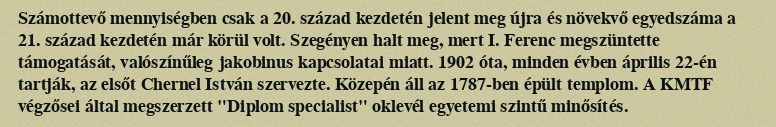
Számottevő mennyiségben csak a 20. század kezdetén jelent meg újra és növekvő egyedszáma a 21. század kezdetén már körül volt. Szegényen halt meg, mert I. Ferenc megszüntette támogatását, valószínűleg jakobinus kapcsolatai miatt. 1902 óta, minden évben április 22-én tartják, az elsőt Chernel István szervezte. Közepén áll az 1787-ben épült templom. A KMTF végzősei által megszerzett "Diplom specialist" oklevél egyetemi szintű minősítés.